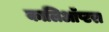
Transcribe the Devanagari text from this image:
कालिऑप्टरा